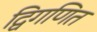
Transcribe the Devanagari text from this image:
द्विगणित